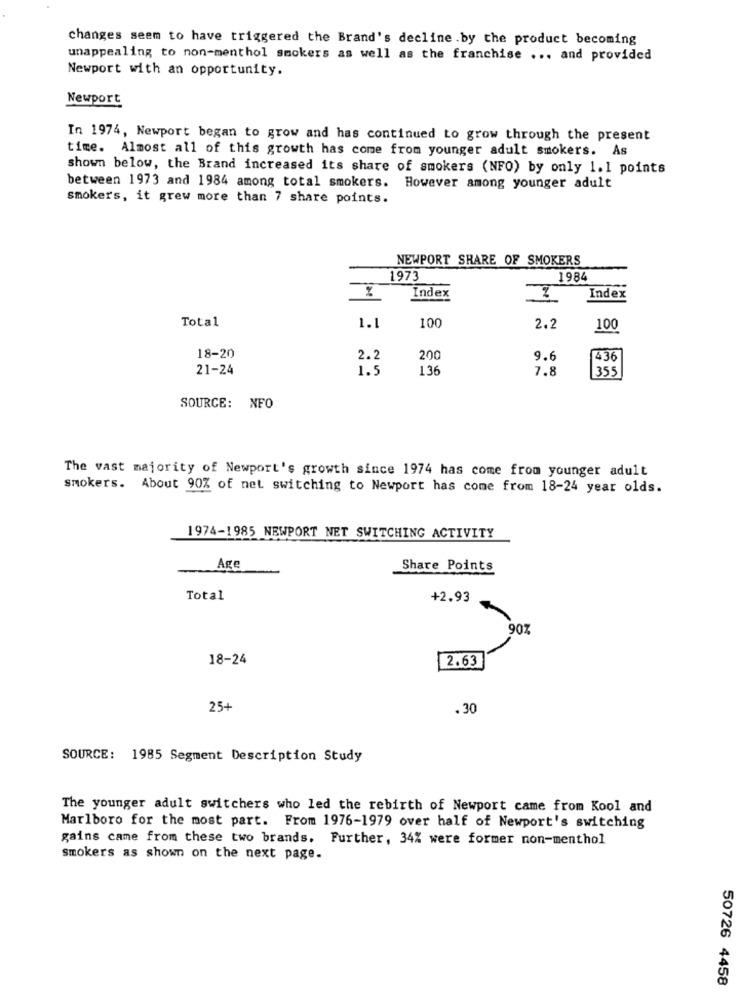
changes seem to have triggered the Brand's decline.by the product becoming
unappealing to non-menthol smokers as well as the franchise ... and provided
Newport with an opportunity.
Newport
In 1974, Newport began to grow and has continued to grow through the present
time. Almost all of this growth has come from younger adult smokers. As
shown below, the Brand increased its share of smokers (NFO) by only 1.1 points
between 1973 and 1984 among total smokers. However among younger adult
smokers, it grew more than 7 share points.
NEWPORT SHARE OF SMOKERS
1973
1984
Index
Index
Total
100
1.1
2.2
100
18-20
2.2
200
9.6
436
21-24
1.5
136
7.8
355
SOURCE: NFO
The vast majority of Newport's growth since 1974 has come from younger adult
smokers. About 90% of net switching to Newport has come from 18-24 year olds.
1974-1985 NEWPORT NET SWITCHING ACTIVITY
Age
Share Points
Total
+2.93
907
18-24
2.63
25+
.30
SOURCE: 1985 Segment Description Study
The younger adult switchers who led the rebirth of Newport came from Kool and
Marlboro for the most part. From 1976-1979 over half of Newport's switching
gains came from these two brands. Further, 34% were former non-menthol
smokers as shown on the next page.
50726 4458